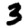
Digit: 3